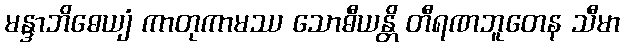
မန္ဒာဘိဓေယျံ ကာတုကာမဿ သောဓီယန္တိ တီရဏဘူတေန သီမာ